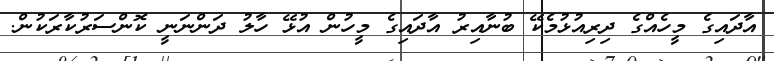
އާދައިގެ މީހެއްގެ ދިރިއުޅުމެކޭ ބުނާއިރު އާދައިގެ މީހުން އުޅޭ ހާލު ދަންނަނީ ކޮންސަރުކާރަކުން.